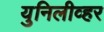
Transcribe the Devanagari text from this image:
युनिलीव्हर